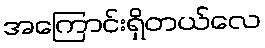
အကြောင်းရှိတယ်လေ